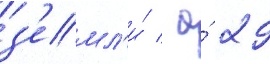
з'емл'и́ / а́ 29